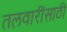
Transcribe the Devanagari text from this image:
तलवारींसाठी